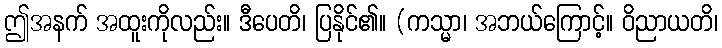
ဤအနက် အထူးကိုလည်း။ ဒီပေတိ၊ ပြနိုင်၏။ (ကသ္မာ၊ အဘယ်ကြောင့်။ ဝိညာယတိ၊